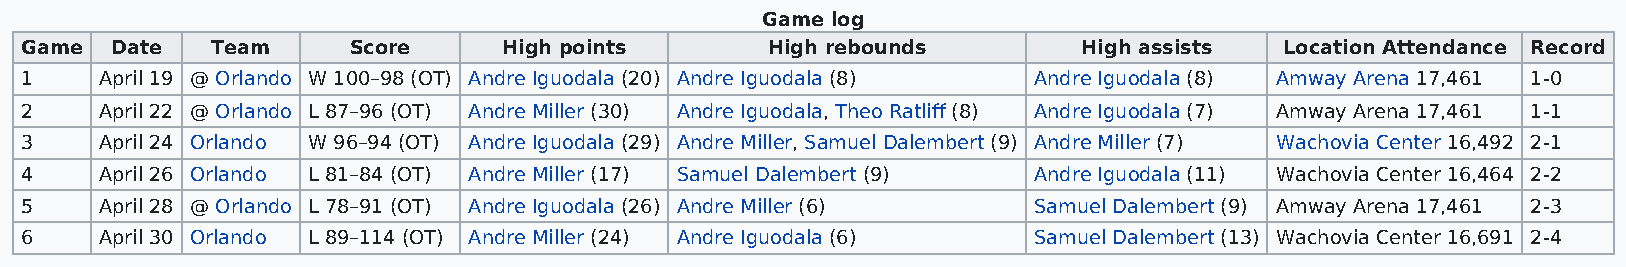
Game log
 Game  Date   Team     Score     High points       High rebounds        High assists Location Attendance Record
 1     April 19 @ Orlando W 100–98 (OT) Andre Iguodala (20) Andre Iguodala (8) Andre Iguodala (8) Amway Arena 17,461 1-0
 2     April 22 @ Orlando L 87–96 (OT) Andre Miller (30) Andre Iguodala, Theo Ratliff (8) Andre Iguodala (7) Amway Arena 17,461 1-1
 3     April 24 Orlando W 96–94 (OT) Andre Iguodala (29) Andre Miller, Samuel Dalembert (9) Andre Miller (7) Wachovia Center 16,492 2-1
 4     April 26 Orlando L 81–84 (OT) Andre Miller (17) Samuel Dalembert (9) Andre Iguodala (11) Wachovia Center 16,464 2-2
 5     April 28 @ Orlando L 78–91 (OT) Andre Iguodala (26) Andre Miller (6) Samuel Dalembert (9) Amway Arena 17,461 2-3
 6     April 30 Orlando L 89–114 (OT) Andre Miller (24) Andre Iguodala (6) Samuel Dalembert (13) Wachovia Center 16,691 2-4